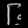
Digit: ၆